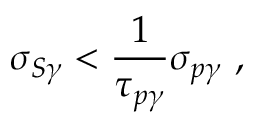
\sigma _ { S \gamma } < \frac { 1 } { \tau _ { p \gamma } } \sigma _ { p \gamma } ~ ,